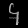
Digit: ၄